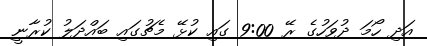
އަދި ހޯމަ ދުވަހުގެ ރޭ 9:00 ގައި ކުޅޭ މެޗުގައި ބައްދަލު ކުރާނީ